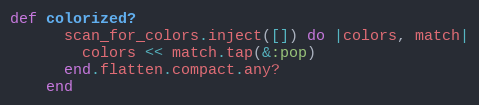
Language: Ruby
def colorized?
      scan_for_colors.inject([]) do |colors, match|
        colors << match.tap(&:pop)
      end.flatten.compact.any?
    end